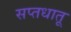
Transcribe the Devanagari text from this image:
सप्तधातू